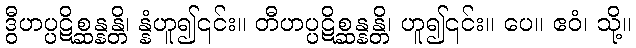
ဒွီဟပ္ပဋိစ္ဆန္နန္တိ၊ န္နံဟူ၍၎င်း။ တီဟပ္ပဋိစ္ဆန္နန္တိ၊ ဟူ၍၎င်း။ ပေ။ ဧဝံ၊ သို့။